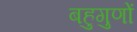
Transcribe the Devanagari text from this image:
बहुगुणों